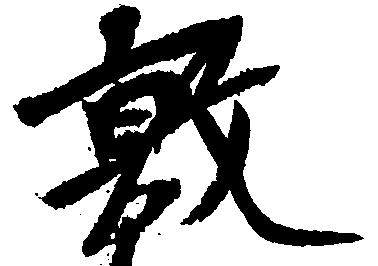
敦